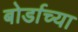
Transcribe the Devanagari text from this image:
बोर्डाच्‍या